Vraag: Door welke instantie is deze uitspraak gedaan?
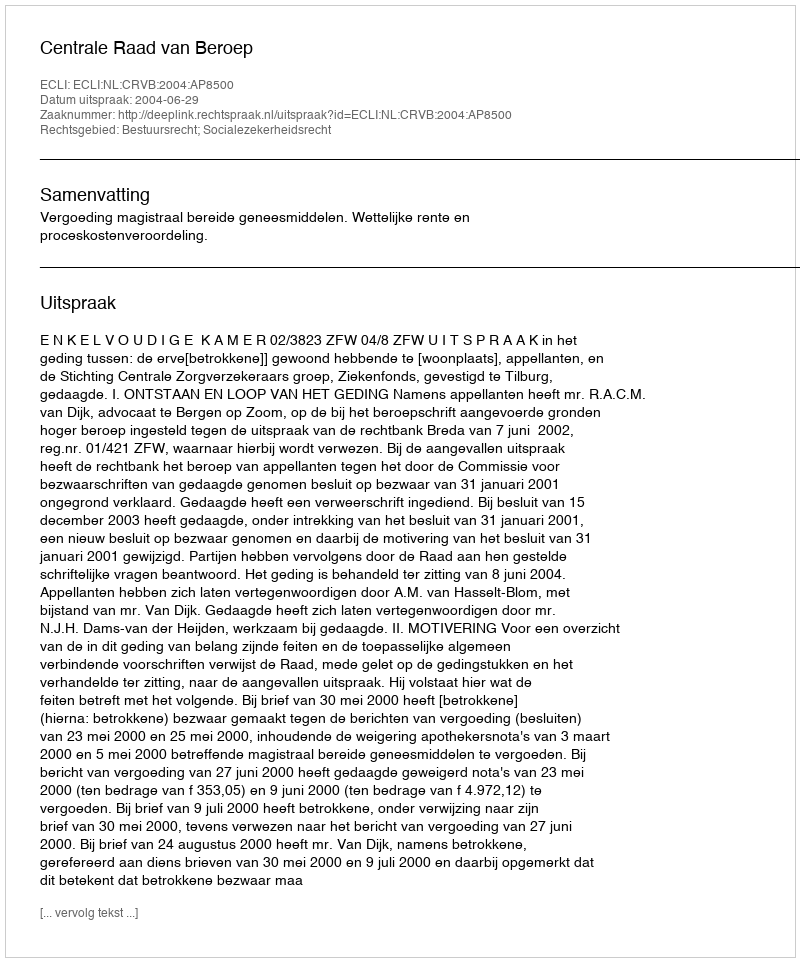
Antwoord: Centrale Raad van Beroep